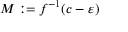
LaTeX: M : = f ^ { - 1 } ( c - \varepsilon )